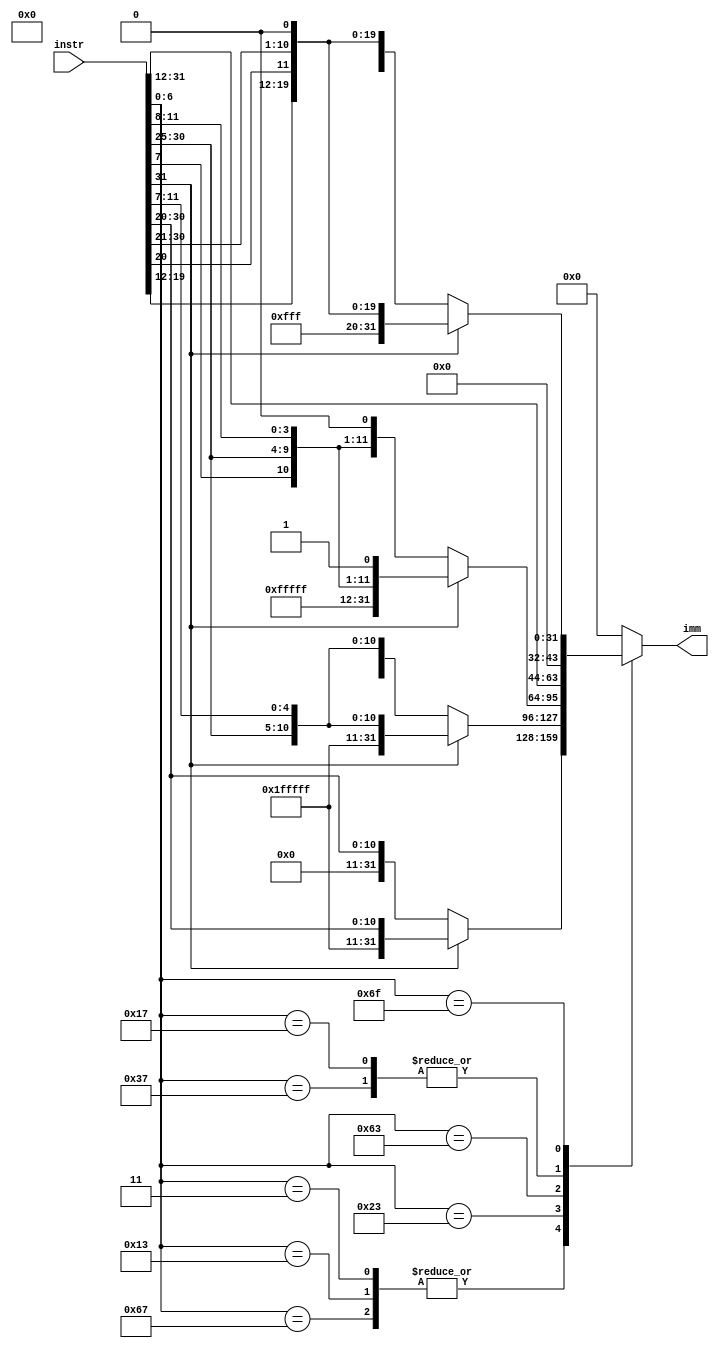
module immgen(instr,imm);
input [31:0] instr;
output reg [31:0]imm;
////////////////////////
///?immediate??
///////////////////////

//////instr[31] decide wheather number is positive?
always@(instr)begin
	case(instr[6:0])
		7'b0000011,7'b0010011,7'b1100111:begin          //I-type
			if(instr[31]==1)begin///20bits sign 12bits number
				imm<={{20{1'b1}},instr[31:20]};
			end
			else begin
				imm<={{20{1'b0}},instr[31:20]};
			end
		end
		7'b0100011:begin//s-type
			if(instr[31]==1)begin
				imm <= {{20{1'b1}} , instr[31:25] , instr[11:7]};
			end
			else begin
				imm <= {{20{1'b0}} , instr[31:25] , instr[11:7]};
			end
		end
		7'b1100011:begin //btype
			if(instr[31]==1)begin
				imm <= {{19{1'b1}} , instr[31] , instr[7] , instr[30:25] , instr[11:8],1'b1};
			end
			else begin
				imm <= {{19{1'b0}} , instr[31] , instr[7] , instr[30:25] , instr[11:8],1'b0};
			end
		end
		7'b0010111,7'b0110111:begin//u-type
			imm<={instr[31:12],{12{1'b0}}};
		end
		7'b1101111:begin//J-type
			if(instr[31]==1)begin
				imm <= {{11{1'b1}} , instr[31] , instr[19:12] , instr[20] , instr[30:21] , 1'b0};

			end
			else begin
				imm <= {{11{1'b0}} , instr[31] , instr[19:12] , instr[20] , instr[30:21] , 1'b0};

			end
		end
		default:begin
			imm<=0;
		end
	endcase
end
endmodule